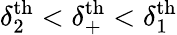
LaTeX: \delta_{2}^{\textrm{th}}<\delta_{+}^{\textrm{th}}<\delta_{1}^{\textrm{th}}